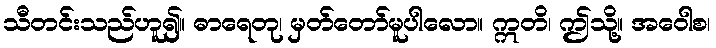
သီတင်းသည်ဟူ၍။ ဓာရေတု၊ မှတ်တော်မူပါလော။ ဣတိ၊ ဤသို့။ အဝေါစ၊